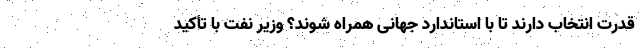
قدرت انتخاب دارند تا با استاندارد جهانی همراه شوند؟ وزیر نفت با تأکید